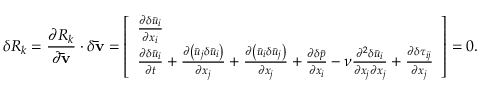
\delta R _ { k } = \frac { { \partial { R _ { k } } } } { { \partial { \bf { \bar { v } } } } } \cdot \delta { \bf { \bar { v } } } = \left[ \begin{array} { l } { \frac { { \partial \delta { { \bar { u } } _ { i } } } } { { \partial { x _ { i } } } } } \\ { \frac { { \partial \delta { { \bar { u } } _ { i } } } } { { \partial t } } + \frac { { \partial \left( { { { \bar { u } } _ { j } } \delta { { \bar { u } } _ { i } } } \right) } } { { \partial { x _ { j } } } } + \frac { { \partial \left( { { { \bar { u } } _ { i } } \delta { { \bar { u } } _ { j } } } \right) } } { { \partial { x _ { j } } } } + \frac { { \partial \delta \bar { p } } } { { \partial { x _ { i } } } } - \nu \frac { { { \partial ^ { 2 } } \delta { { \bar { u } } _ { i } } } } { { \partial { x _ { j } } \partial { x _ { j } } } } + \frac { \partial \delta { \tau _ { i j } } } { { \partial { x _ { j } } } } } \end{array} \right] = 0 .